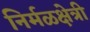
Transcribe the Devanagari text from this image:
निर्मळक्षेत्री